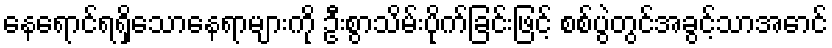
နေရောင်ရရှိသောနေရာများကို ဦးစွာသိမ်းပိုက်ခြင်းဖြင့် စစ်ပွဲတွင်အခွင့်သာအောင်